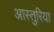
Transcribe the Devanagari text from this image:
आस्तुरिया